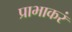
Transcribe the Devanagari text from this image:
प्राभाकरं